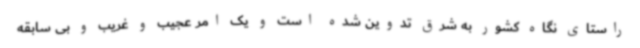
راستای نگاه کشور به شرق تدوین شده است و یک امر عجیب و غریب و بی سابقه